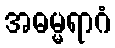
အဓမ္မရာဂံ